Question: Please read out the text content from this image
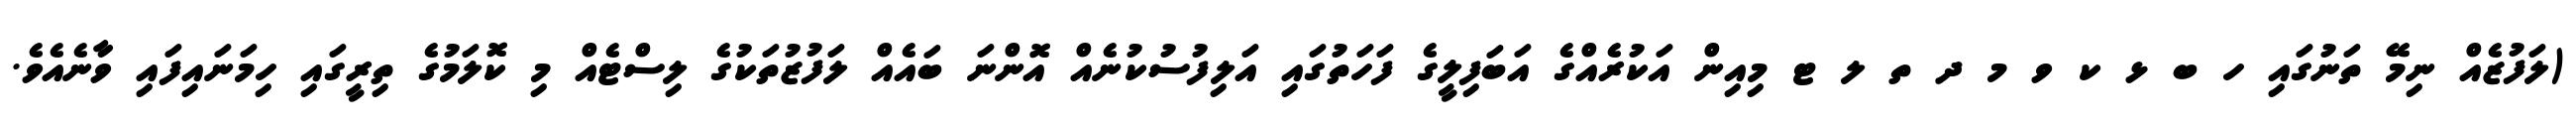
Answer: (ލަފުޒެއް ނިމޭ ތަނުގައި ހ ބ ޅ ކ ވ މ ދ ތ ލ ޓ މިއިން އަކުރެއްގެ އަބަފިލީގެ ފަހަތުގައި އަލިފުސުކުނެއް އޮންނަ ބައެއް ލަފުޒުތަކުގެ ލިސްޓެއް މި ކޮލަމުގެ ތިރީގައި ހިމަނައިފައި ވާނެއެވެ.